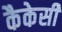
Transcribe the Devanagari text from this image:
कैकेसी